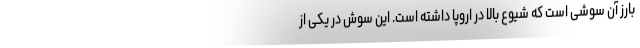
بارز آن سوشی است که شیوع بالا در اروپا داشته است. این سوش در یکی از